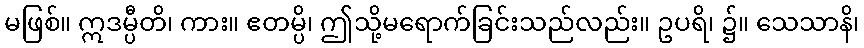
မဖြစ်။ ဣဒမ္ပီတိ၊ ကား။ ဧတမ္ပိ၊ ဤသို့မရောက်ခြင်းသည်လည်း။ ဥပရိ၊ ၌။ သေသာနိ၊